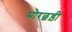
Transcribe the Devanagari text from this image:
मोरछड़ी